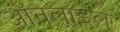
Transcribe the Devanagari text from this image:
ऑनलाइल